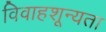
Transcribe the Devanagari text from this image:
विवाहशून्यता